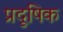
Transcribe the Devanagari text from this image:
प्रदूषिक